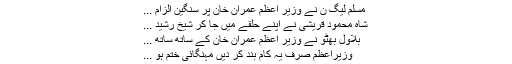
مسلم لیگ ن نے وزیر اعظم عمران خان پر سنگین الزام ...
شاہ محمود قریشی نے اپنے حلقے میں جا کر شیخ رشید ...
بلاول بھٹو نے وزیر اعظم عمران خان کے ساتھ ساتھ ...
وزیراعظم صرف یہ کام بند کر دیں مہنگائی ختم ہو ...